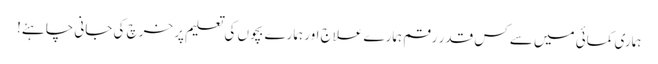
ہماری کمائی میں سے کس قدر رقم ہمارے علاج اور ہمارے بچوں کی تعلیم پر خرچ کی جانی چاہئے!